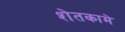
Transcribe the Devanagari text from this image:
शेतकामे